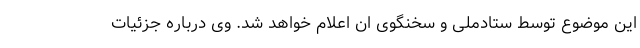
این موضوع توسط ستادملی و سخنگوی ان اعلام خواهد شد. وی درباره جزئیات